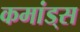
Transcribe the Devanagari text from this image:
कमांड्‌स